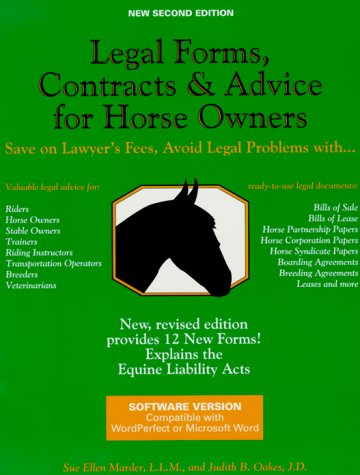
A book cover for Legal Forms, Contracts and Advice for Horse Owners; Sue Ellen Marder; Law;